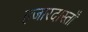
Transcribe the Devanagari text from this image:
हजारदास्ताँ